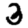
Digit: 3